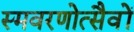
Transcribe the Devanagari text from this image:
स्मवरणोत्सैवों